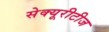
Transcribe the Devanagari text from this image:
सेक्यूरीटीज